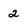
Character: 2